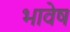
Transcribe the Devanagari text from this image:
भावेष